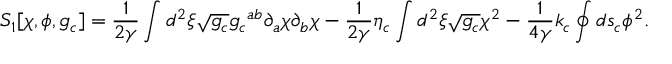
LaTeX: { S _ { 1 } } [ \chi , \phi , { g _ { c } } ] = { \frac { 1 } { 2 \gamma } } \int { d ^ { 2 } } \xi \sqrt { g _ { c } } { { g _ { c } } ^ { a b } } { \partial _ { a } } \chi { \partial _ { b } } \chi - { \frac { 1 } { 2 \gamma } } { \eta _ { c } } \int { d ^ { 2 } } \xi \sqrt { g _ { c } } { \chi ^ { 2 } } - { \frac { 1 } { 4 \gamma } } { k _ { c } } \oint { d } { s _ { c } } { \phi ^ { 2 } } .